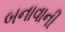
બનાવાની